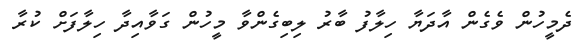
ދެމީހުން ވެގެން އާދަޔާ ހިލާފު ބާރު ލިބިގެންވާ މީހުން ގަވާއިދާ ހިލާފަށް ކުރާ